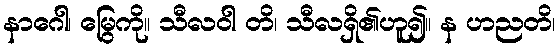
နာဂေါ၊ မြွေကို။ သီလဝါ တိ၊ သီလရှိ၏ဟူ၍။ န ဟညတိ၊